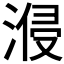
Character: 𣷽